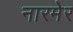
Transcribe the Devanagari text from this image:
नारमेर